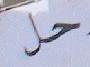
حل